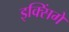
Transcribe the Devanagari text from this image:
इक्सिंगे